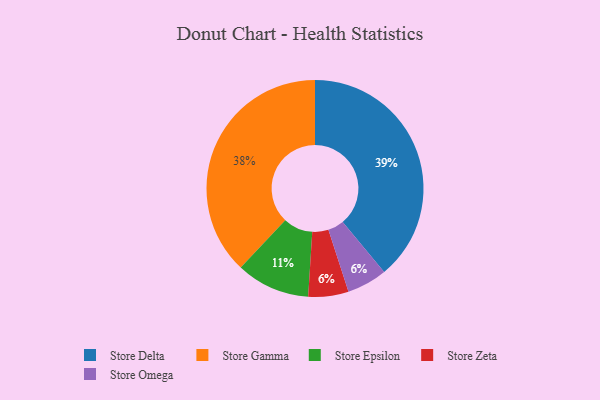
{"axis": {"x": "Category", "y": "Percentage"}, "legend": ["Store Delta", "Store Epsilon", "Store Gamma", "Store Omega", "Store Zeta"], "data": [{"x": "Store Delta", "y": 39, "type": "Store Delta"}, {"x": "Store Zeta", "y": 6, "type": "Store Zeta"}, {"x": "Store Epsilon", "y": 11, "type": "Store Epsilon"}, {"x": "Store Gamma", "y": 38, "type": "Store Gamma"}, {"x": "Store Omega", "y": 6, "type": "Store Omega"}]}